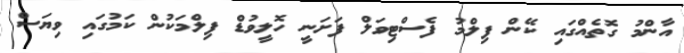
އާންމު ގޮތެއްގައި ކޭން ފިލްމު ފެސްޓިވަލް ފަށަނީ ހޮލީވުޑް ފިލްމަކުން ކަމުގައި ވިޔަސް